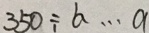
3 5 0 \div b \cdots a